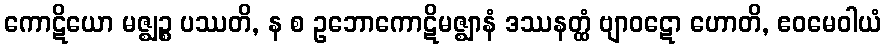
ကောဋိယော မဇ္ဈဉ္စ ပဿတိ, န စ ဥဘောကောဋိမဇ္ဈာနံ ဒဿနတ္ထံ ဗျာဝဋော ဟောတိ, ဧဝမေဝါယံ